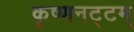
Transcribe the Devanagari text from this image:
कृष्णनट्टम्